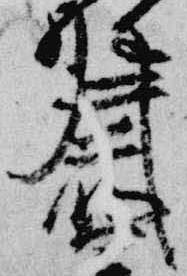
井